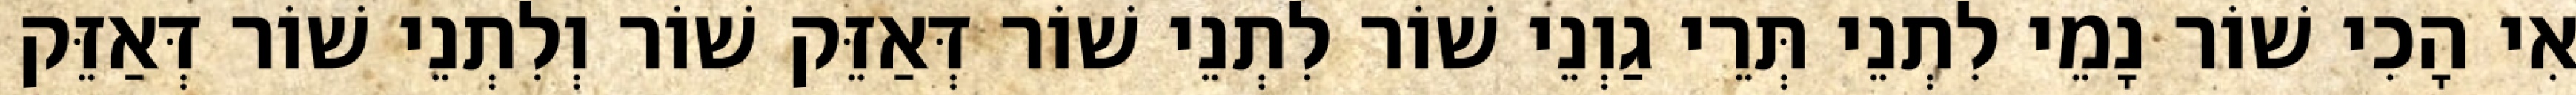
אִי הָכִי שׁוֹר נָמֵי לִתְנֵי תְּרֵי גַוְנֵי שׁוֹר לִתְנֵי שׁוֹר דְּאַזֵּק שׁוֹר וְלִתְנֵי שׁוֹר דְּאַזֵּק